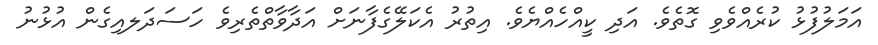
އަމަލުފުޅު ކުރެއްވެވި ގޮތެވެ. އަދި ކީއްހެއްޔެވެ. އިތުރު އެކަލޭގެފާނަށް އަދާވާތްތެރިވެ ހަސަދަލއިގެން އުޅުނު